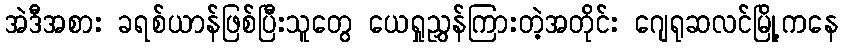
အဲဒီအစား ခရစ်ယာန်ဖြစ်ပြီးသူတွေ ယေရှုညွှန်ကြားတဲ့အတိုင်း ဂျေရုဆလင်မြို့ကနေ